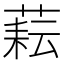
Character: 𦶮